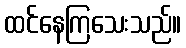
ထင်နေကြသေးသည်။